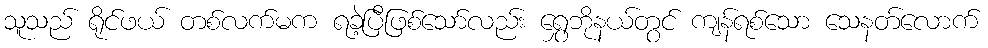
သူသည် ရိုင်ဖယ် တစ်လက်မက ရခဲ့ပြီဖြစ်သော်လည်း ရွှေဘိုနယ်တွင် ကျန်ရစ်သော သေနတ်လောက်